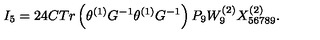
I _ { 5 } = 2 4 C T r \left( \theta ^ { \left( 1 \right) } G ^ { - 1 } \theta ^ { \left( 1 \right) } G ^ { - 1 } \right) P _ { 9 } W _ { 9 } ^ { \left( 2 \right) } X _ { 5 6 7 8 9 } ^ { \left( 2 \right) } . \nonumber